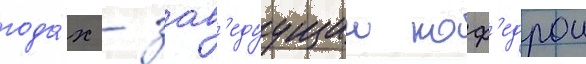
года́х - зав'едуущии каф'едрои